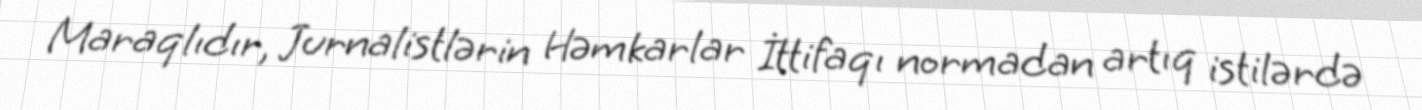
Maraqlıdır, Jurnalistlərin Həmkarlar İttifaqı normadan artıq istilərdə